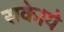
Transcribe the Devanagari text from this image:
सके।ये